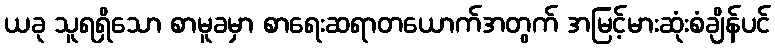
ယခု သူရရှိသော စာမူခမှာ စာရေးဆရာတယောက်အတွက် အမြင့်မားဆုံးစံချိန်ပင်